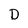
Character: D